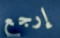
إرجع